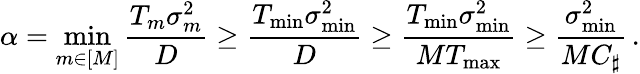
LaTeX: \alpha=\operatorname*{min}_{m\in[M]}\frac{T_{m}\sigma_{m}^{2}}D\geq\frac{T_{\operatorname*{min}}\sigma_{\operatorname*{min}}^{2}}D\geq\frac{T_{\operatorname*{min}}\sigma_{\operatorname*{min}}^{2}}{MT_{\operatorname*{max}}}\geq\frac{\sigma_{\operatorname*{min}}^{2}}{MC_{\sharp}}\, .